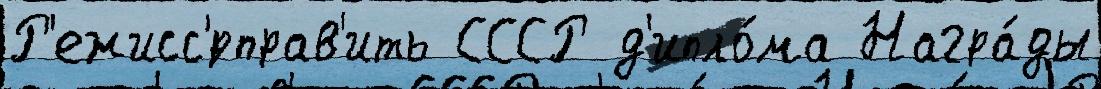
Р'ежисс'́рправ'ить СССР д'ипло́ма Награ́ды